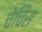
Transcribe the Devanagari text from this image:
चेचिस